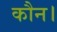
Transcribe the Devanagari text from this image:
कौन।